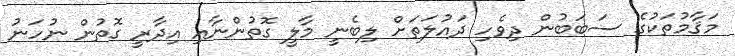
މަޤާމުތަކުގެ ސަބަބުން ދިވެހި ދައުލަތަށް ލިބެނީ މާލީ ގޮތުންނާއި އިދާރީ ގޮތުން ނުހަނު